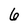
Character: 6